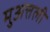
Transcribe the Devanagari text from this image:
मुअत्तली